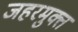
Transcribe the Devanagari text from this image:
जहरमुक्त